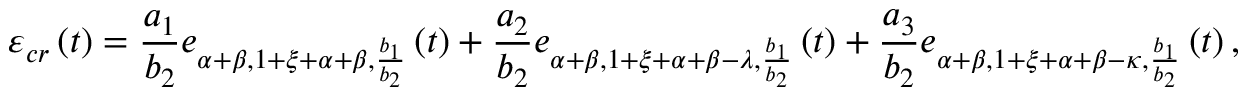
\varepsilon _ { c r } \left( t \right) = \frac { a _ { 1 } } { b _ { 2 } } e _ { \alpha + \beta , 1 + \xi + \alpha + \beta , \frac { b _ { 1 } } { b _ { 2 } } } \left( t \right) + \frac { a _ { 2 } } { b _ { 2 } } e _ { \alpha + \beta , 1 + \xi + \alpha + \beta - \lambda , \frac { b _ { 1 } } { b _ { 2 } } } \left( t \right) + \frac { a _ { 3 } } { b _ { 2 } } e _ { \alpha + \beta , 1 + \xi + \alpha + \beta - \kappa , \frac { b _ { 1 } } { b _ { 2 } } } \left( t \right) ,